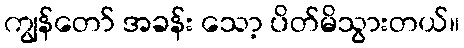
ကျွန်တော် အခန်း သော့ ပိတ်မိသွားတယ်။